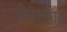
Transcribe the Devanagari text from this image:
जेम्सवाट